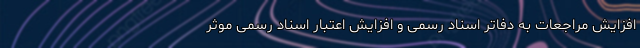
افزایش مراجعات به دفاتر اسناد رسمی و افزایش اعتبار اسناد رسمی موثر